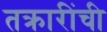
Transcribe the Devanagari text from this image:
तक्रारींची